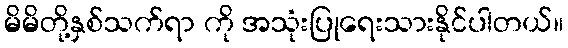
မိမိတို့နှစ်သက်ရာ ကို အသုံးပြုရေးသားနိုင်ပါတယ်။